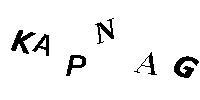
KAPNAG